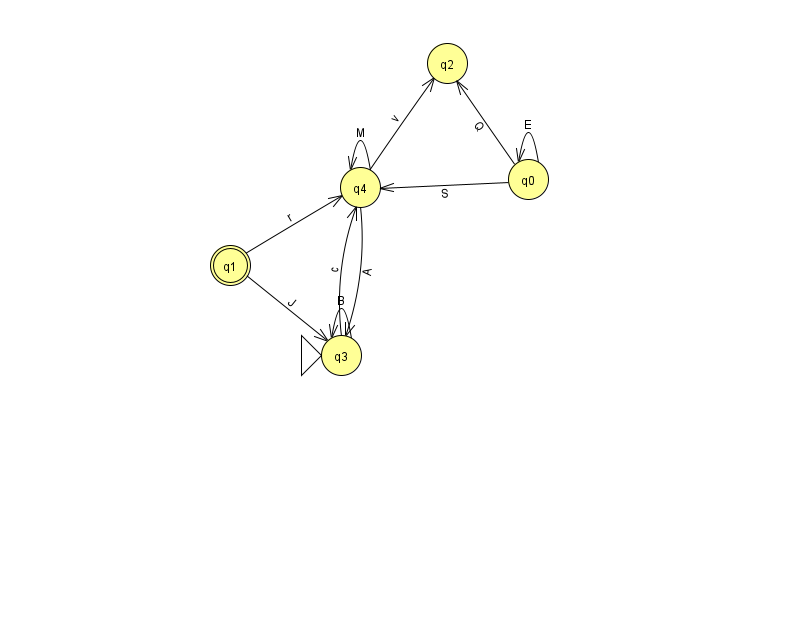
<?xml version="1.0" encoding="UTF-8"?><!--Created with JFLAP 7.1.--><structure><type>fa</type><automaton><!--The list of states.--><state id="0" name="q0"><x>528.0</x><y>166.0</y></state><state id="1" name="q1"><x>230.0</x><y>252.0</y><final/></state><state id="2" name="q2"><x>447.0</x><y>50.0</y></state><state id="3" name="q3"><x>341.0</x><y>342.0</y><initial/></state><state id="4" name="q4"><x>360.0</x><y>174.0</y></state><!--The list of transitions.--><transition><from>3</from><to>3</to><read>B</read></transition><transition><from>4</from><to>2</to><read>v</read></transition><transition><from>0</from><to>0</to><read>E</read></transition><transition><from>0</from><to>2</to><read>Q</read></transition><transition><from>0</from><to>4</to><read>S</read></transition><transition><from>4</from><to>3</to><read>A</read></transition><transition><from>3</from><to>4</to><read>c</read></transition><transition><from>1</from><to>4</to><read>r</read></transition><transition><from>1</from><to>3</to><read>J</read></transition><transition><from>4</from><to>4</to><read>M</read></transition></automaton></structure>